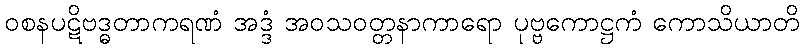
ဝစနပဋိဗဒ္ဓတာကရဏံ အဒ္ဒံ အဝသဝတ္တနာကာရော ပုဗ္ဗကောဋ္ဌကံ ကောသိယာတိ